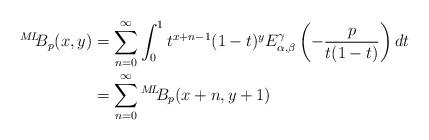
LaTeX: \begin{align*} {}^{M\!L\!\!}{B}_{p}(x,y) &= \sum_{n=0}^{\infty} \int_{0}^{1}t^{x+n-1}(1-t)^{y}E_{\alpha, \beta}^{\gamma}\left(-\frac{p}{t(1-t)}\right) dt& \\ &=\sum_{n=0}^{\infty}{}^{M\!L\!\!}{B}_{p}(x+n,y+1)&\end{align*}